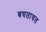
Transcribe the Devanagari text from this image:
बघतायत